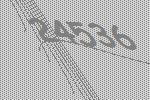
24536